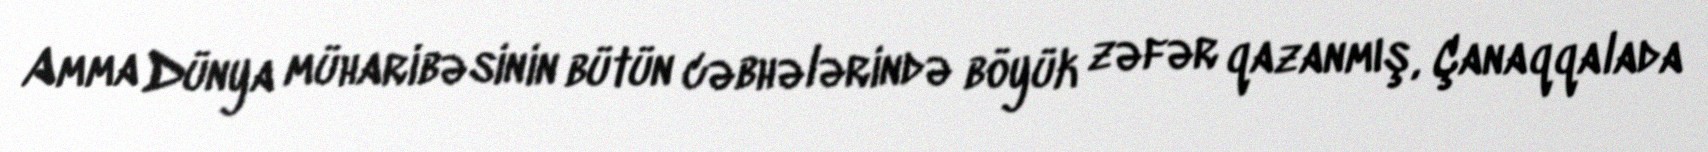
Amma Dünya müharibəsinin bütün cəbhələrində böyük zəfər qazanmış, Çanaqqalada